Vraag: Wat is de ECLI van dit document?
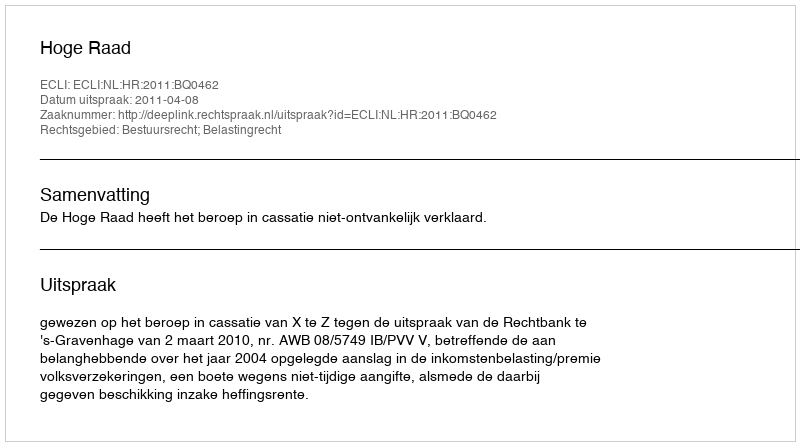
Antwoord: ECLI:NL:HR:2011:BQ0462